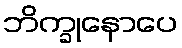
ဘိက္ခုနောပေ